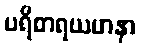
ပရိစာရယမာနာ